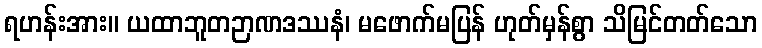
ရဟန်းအား။ ယထာဘူတဉာဏဒဿနံ၊ မဖောက်မပြန် ဟုတ်မှန်စွာ သိမြင်တတ်သော